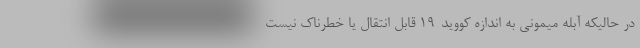
در حالیکه آبله میمونی به اندازه کووید-۱۹ قابل انتقال یا خطرناک نیست